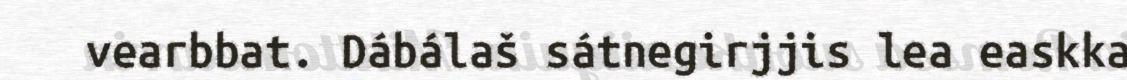
vearbbat. Dábálaš sátnegirjjis lea easkka